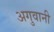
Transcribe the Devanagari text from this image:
अगुवानी